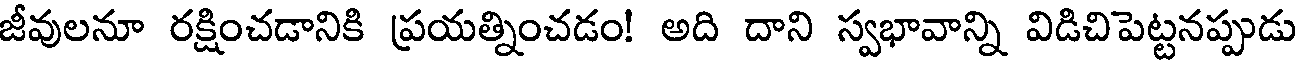
జీవులనూ రక్షించడానికి ప్రయత్నించడం! అది దాని స్వభావాన్ని విడిచిపెట్టనప్పుడు